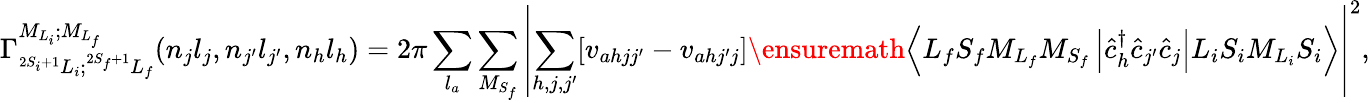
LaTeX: {\Gamma}_{^{2S_{i}+1}L_{i};^{2S_{f}+1}L_{f}}^{{M}_{{L}_{i}};{M}_{{L}_{f}}}(n_{j}l_{j},n_{j^{\prime}}l_{j^{\prime}},n_{h}l_{h})=2\pi\sum_{l_{a}}\sum_{M_{S_{f}}}\left\vert\sum_{h,j,j^{\prime}}\lbrack{v}_{ahjj^{\prime}}-{v}_{ahj^{\prime}j}\rbrack\ensuremath{\left\langle{L}_{f}{S}_{f}{M}_{{L}_{f}}{M}_{{S}_{f}}\left\lvert{\hat{c}}_{h}^{\dagger}{\hat{c}}_{j^{\prime}}{\hat{c}}_{j}\right\rvert{L}_{i}{S}_{i}{M}_{{L}_{i}}{S}_{i}\right\rangle}\right\vert^{2},